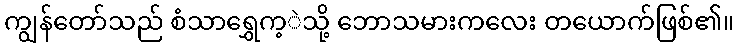
ကျွန်တော်သည် စံသာရွှေက့ဲသို့ ဘောသမားကလေး တယောက်ဖြစ်၏။